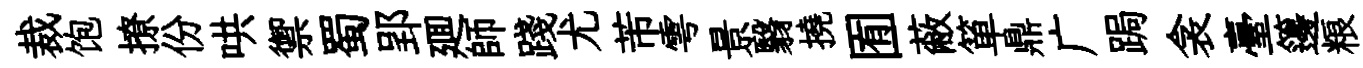
裁饱撩份哄禦蜀郢廽師踐尤芾雩景翳撓囿蔽箪鼎广跼衾臺籩粮